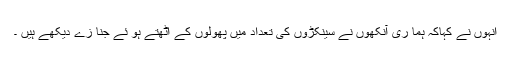
انہوں نے کہاکہ ہما ری آنکھوں نے سینکڑوں کی تعداد میں پھولوں کے اٹھتے ہو ئے جنا زے دیکھے ہیں ۔